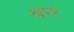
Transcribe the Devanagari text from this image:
धत्त